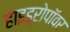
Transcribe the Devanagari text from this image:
हाइड्रोपॉवर